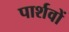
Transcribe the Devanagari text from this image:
पार्शवों